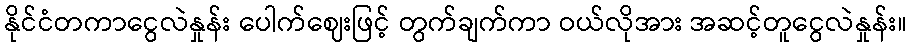
နိုင်ငံတကာငွေလဲနှုန်း ပေါက်ဈေးဖြင့် တွက်ချက်ကာ ဝယ်လိုအား အဆင့်တူငွေလဲနှုန်း။